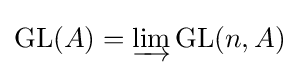
\operatorname {GL} (A)=\varinjlim \operatorname {GL} (n,A)